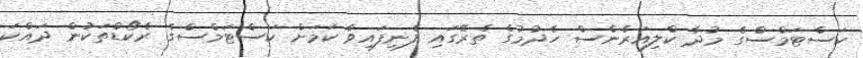
ކަސްޓަމްސްގެ މުދާ ކްލިއަރެންސް ހެދުމުގެ ތެރޭގައި ފެނިފައިވާ ކަމަށް ކަސްޓަމްސްގެ ރެކޯޑްތަކުން ދައްކަ